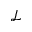
\mathcal { L }